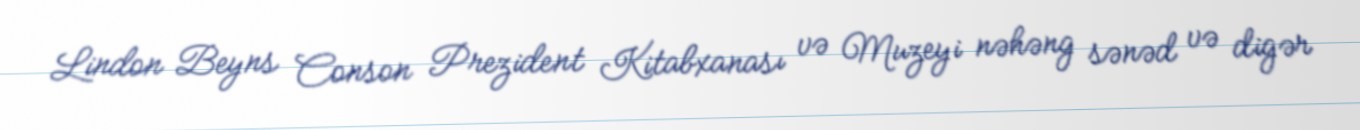
Lindon Beyns Conson Prezident Kitabxanası və Muzeyi nəhəng sənəd və digər